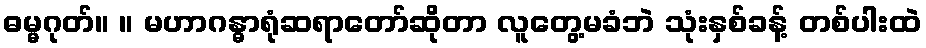
ဓမ္မဂုတ်။ ။ မဟာဂန္ဓာရုံဆရာတော်ဆိုတာ လူတွေ့မခံဘဲ သုံးနှစ်ခန့် တစ်ပါးထဲ